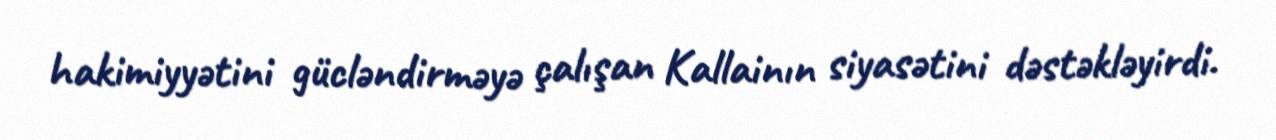
hakimiyyətini gücləndirməyə çalışan Kallainın siyasətini dəstəkləyirdi.